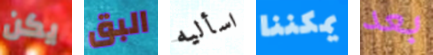
يكن البق اسأليه يمكننا بعد